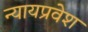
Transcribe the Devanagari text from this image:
न्यायप्रवेश